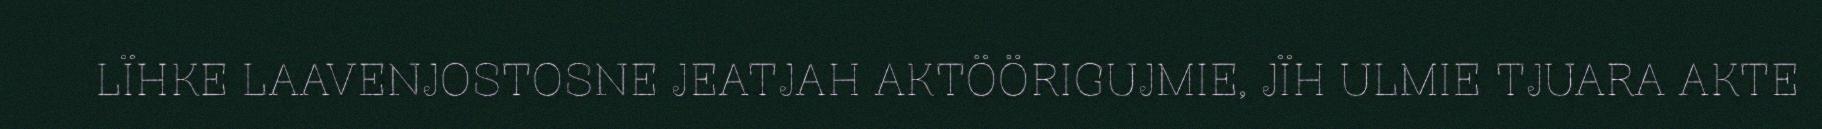
LÏHKE LAAVENJOSTOSNE JEATJAH AKTÖÖRIGUJMIE, JÏH ULMIE TJUARA AKTE